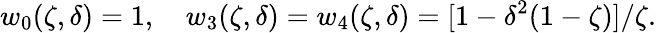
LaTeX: w_{0}(\zeta,\delta)=1,\quad w_{3}(\zeta,\delta)=w_{4}(\zeta,\delta)=[1-\delta^{2}(1-\zeta)]/\zeta.